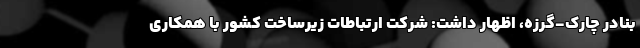
بنادر چارک-گرزه، اظهار داشت: شرکت ارتباطات زیرساخت کشور با همکاری